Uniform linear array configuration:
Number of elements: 48
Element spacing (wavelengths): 0.75
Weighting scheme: exponential
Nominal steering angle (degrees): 60
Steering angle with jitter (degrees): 60.686
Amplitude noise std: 0.05
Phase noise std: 0.05

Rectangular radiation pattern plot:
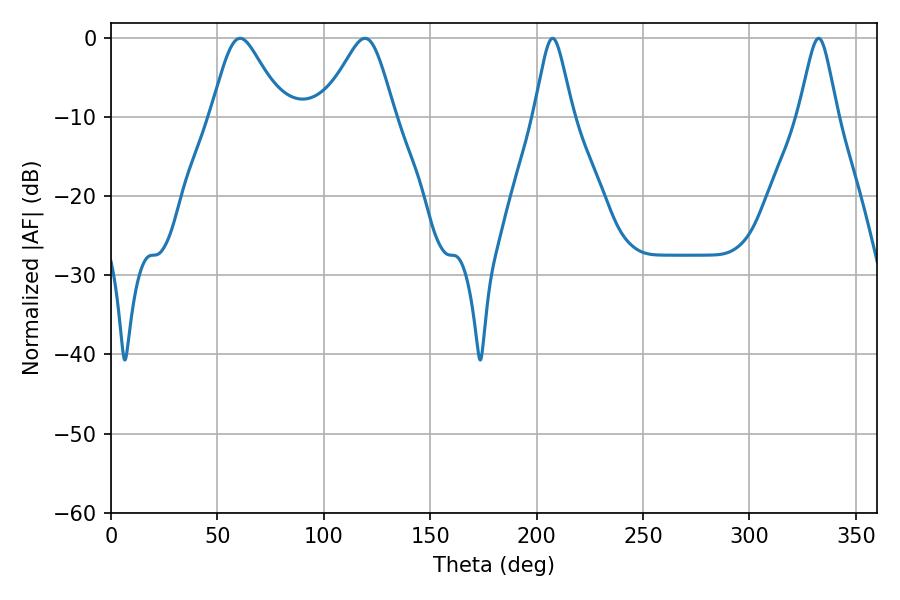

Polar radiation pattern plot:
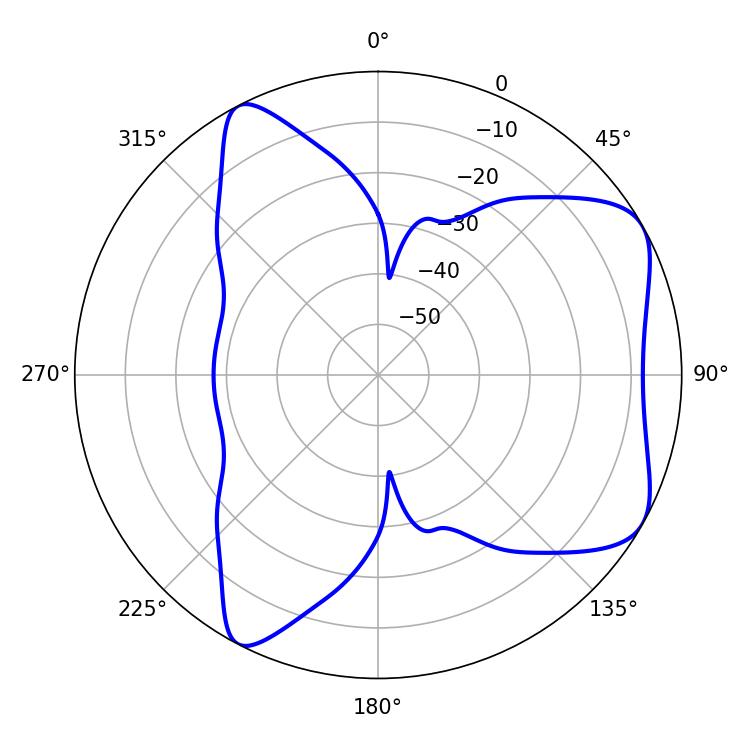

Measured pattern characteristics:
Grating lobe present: TRUE
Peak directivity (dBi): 6.341
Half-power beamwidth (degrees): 16.56
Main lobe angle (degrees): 60.66